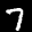
Label: 7